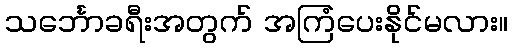
သင်္ဘောခရီးအတွက် အကြံပေးနိုင်မလား။